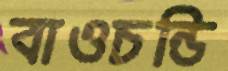
বাওচন্ডি